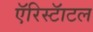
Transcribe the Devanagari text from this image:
एॅरिस्टॅाटल